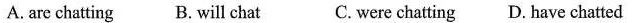
A. are chatting B.Will chat C. were chatting D. Have chatted